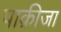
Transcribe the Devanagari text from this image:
पाक़ीजा